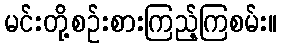
မင်းတို့စဉ်းစားကြည့်ကြစမ်း။